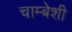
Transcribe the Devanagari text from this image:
चाम्बेशी